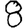
Digit: 8